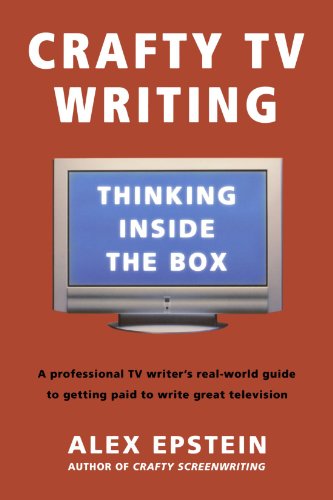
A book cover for Crafty TV Writing: Thinking Inside the Box; Alex Epstein; Humor & Entertainment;